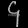
Digit: ၄